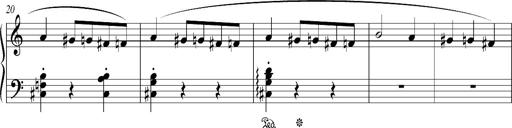
Title: Bagatelle sans tonalitÃ©
Composer: Franz Liszt